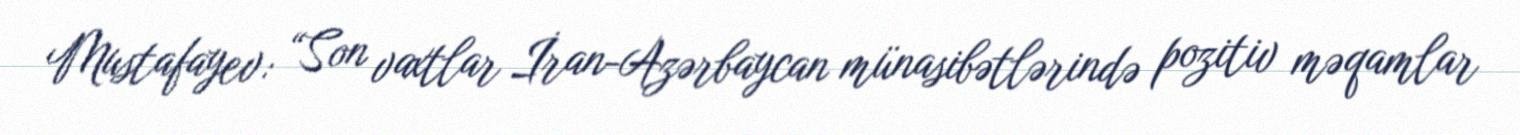
Mustafayev: “Son vaxtlar İran-Azərbaycan münasibətlərində pozitiv məqamlar